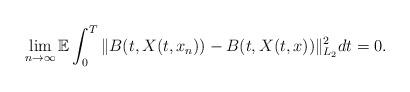
LaTeX: \begin{align*}\lim_{n\rightarrow\infty}\mathbb{E} \int_0^T \Vert B(t,X(t,x_n)) - B(t,X(t,x)) \Vert_{L_2}^2 dt = 0 .\end{align*}